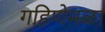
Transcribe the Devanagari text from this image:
गहिणेमळा